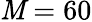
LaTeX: \mathit{M}=60